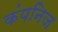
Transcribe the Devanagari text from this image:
कंपनिज